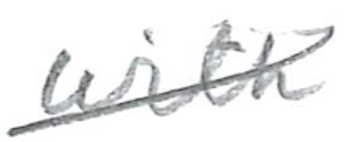
Text: with
Cross-out: diagonal
Writing tool: pencil